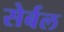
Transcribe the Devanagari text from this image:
सेर्बल